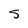
Character: 5